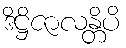
ဒိဋ္ဌိဇာလန္တိပိ